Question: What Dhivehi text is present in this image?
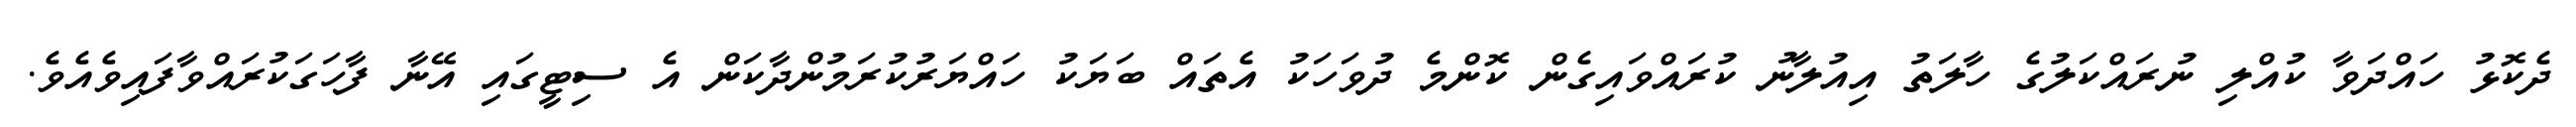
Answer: ދެކޮޅު ހައްދަވާ ކުއްލި ނުރައްކަލުގެ ހާލަތު އިއުލާނު ކުރައްވައިގެން ކޮންމެ ދުވަހަކު އެތައް ބަޔަކު ހައްޔަރުކުރަމުންދާކަން އެ ސިޓީގައި އޭނާ ފާހަގަކުރައްވާފައިވެއެވެ.